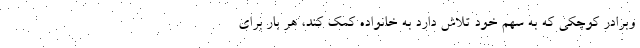
وبرادر کوچکی که به سهم خود تلاش دارد به خانواده کمک کند، هر بار برای